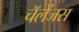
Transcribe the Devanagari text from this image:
चॅलेंजस